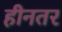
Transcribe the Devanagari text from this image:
हीनतर